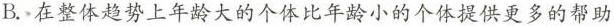
B.在整体趋势上年龄大的个体比年龄小的个体提供更多的帮助